Civil Veterinary Department Bengal reports 1923-33 - 1923-1933
Year: 1923
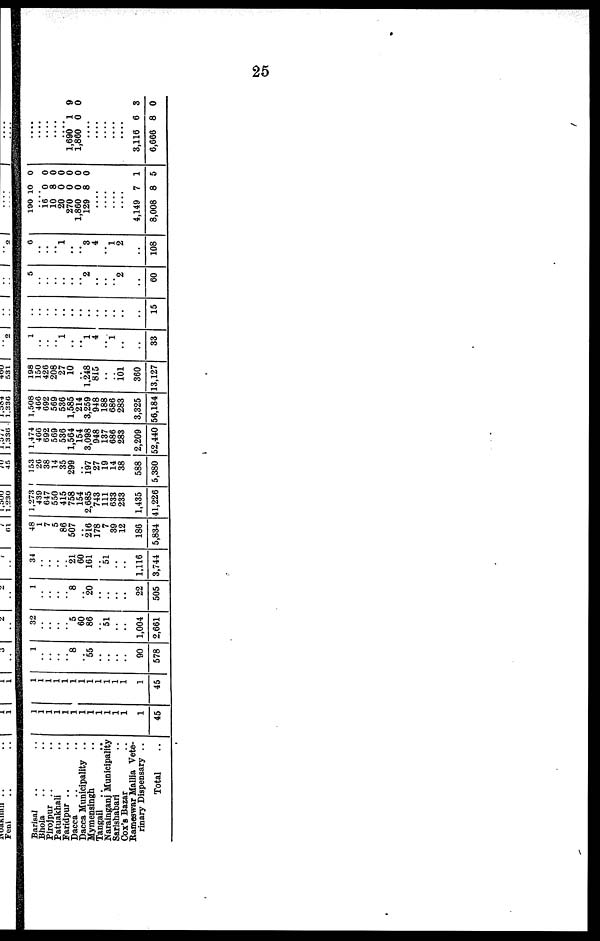
25
Barisal .. ..
Bhola .. ..
Pirojpur .. ..
Patuakhali ..
Faridpur .. ..
Dacca .. ..
Dacca Municipality ..
Mymensingh ..
Tangail .. ..
Narainganj Municipality
Satishabari ..
Cox's Bazar ..
Ramoswar Mallia Vete-
rinary Dispensary ..
Total ..
1
1
1
1
1
1
1
1
1
1
1 1
1
45
1
1
11
1
1
1
1
1
1
1
1 1
1
45
1
..
..
..
..
8
..
55
..
..
..
..
..
90
578
32
..
..
..
..
5
60
86
..
51
..
..
..
1,004
2,661
1
..
..
..
..
8
..
20
..
..
..
..
22
505
34
..
..
..
..
21
60
161
..
51
..
..
1,116
3,744
48
1
7
5
86
507
..
216
178
7
39
12
..
186
5,834
1,273
439
647
550
415
758
154
2,685
743
111
633
233
..
1,435
41,226
153
26
38
14
35
299
..
197
27
19
14
38
..
588
5,380
1,474
406
692
569
536
1,564
154
3,098
948
137
686
283
..
2,209
52,440
1,508
466
692
569
536
1,585
214
3,259
948
188
686
283
..
3,325
56,184
198
150
426
208
27
10
..
1,248
815
..
..
161
..
360
13,127
1
..
..
..
1
..
..
1
4
..
1
..
..
..
33
..
..
..
..
..
..
..
..
..
..
..
..
..
..
15
5
..
..
..
..
..
..
2
..
..
..
2
..
..
60
6
..
..
..
1
..
..
3
4
..
1
2
..
..
108
190 10 0
.... 16
10
270
1860
129
...
0
8
0
0
8
0
0
0
0
0
...
...
...
4,149
6,666
7
8
1
5
1,690
1,860
1
0
9
0
3,116
6666
6
8
3
0